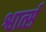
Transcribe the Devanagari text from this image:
श्वार्त्स